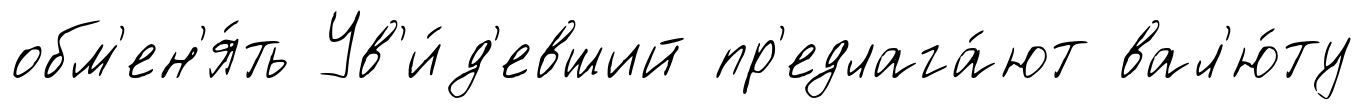
обм'ен'я́ть Ув'и́д'евший пр'едлага́ют вал'ю́ту